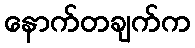
နောက်တချက်က